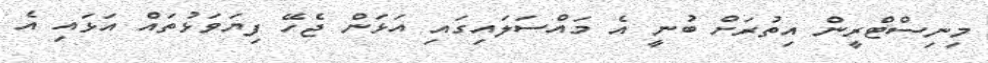
މިނިސްޓްރީން އިތުރަށް ބުނީ އެ މައްސަލައިގައި އަޅަން ޖެހޭ ފިޔަވަޅުތައް އަޅައި އެ